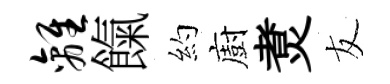
离餼約廚煑友